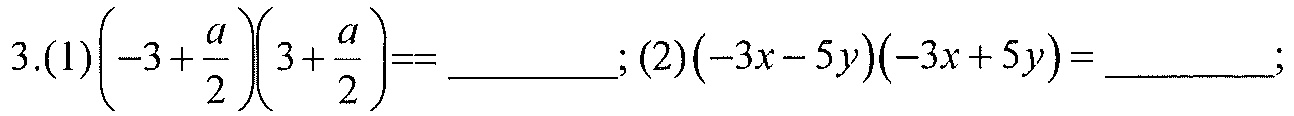
3.(1)\(\left(-3+\dfrac{a}{2}\right)\left(3+\dfrac{a}{2}\right)=\underline{\quad\quad}\); (2)\((-3x - 5y)(-3x + 5y)=\underline{\quad\quad}\);